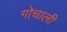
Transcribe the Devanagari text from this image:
गोचाली